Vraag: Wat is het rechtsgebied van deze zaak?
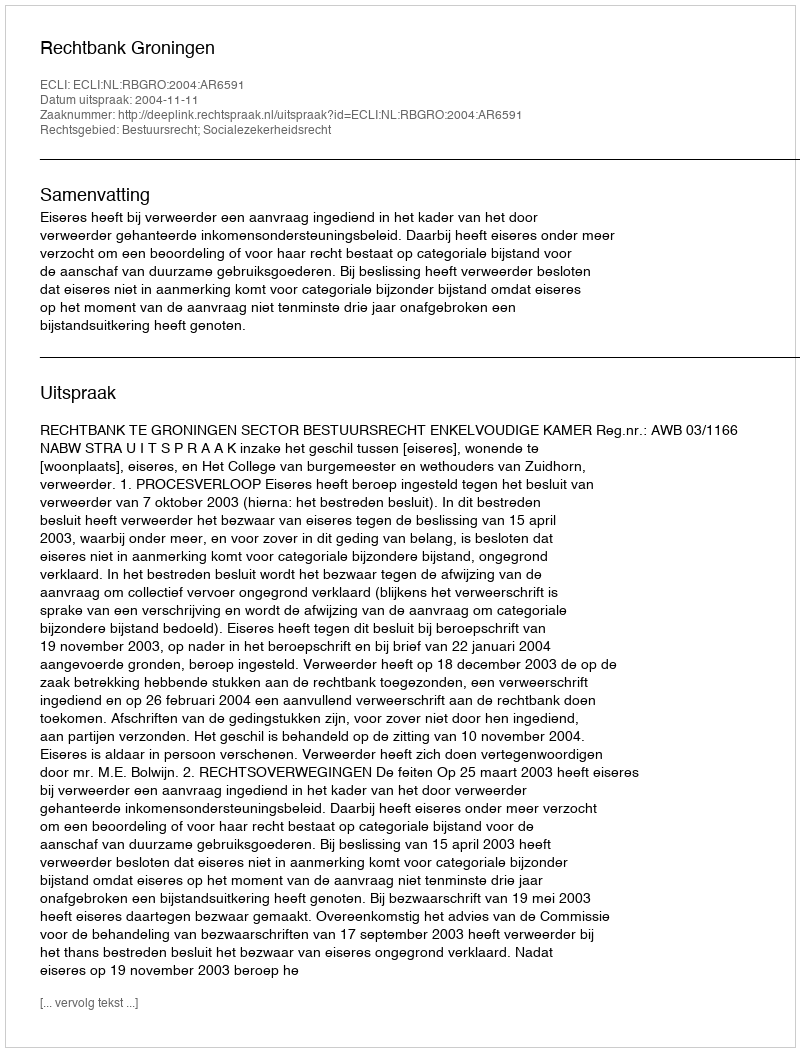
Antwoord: Bestuursrecht; Socialezekerheidsrecht